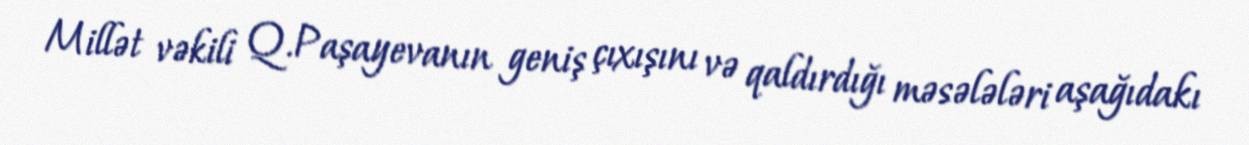
Millət vəkili Q.Paşayevanın geniş çıxışını və qaldırdığı məsələləri aşağıdakı